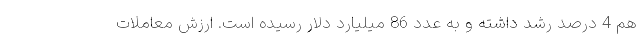
هم 4 درصد رشد داشته و به عدد 86 میلیارد دلار رسیده است. ارزش معاملات